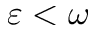
\varepsilon < \omega